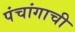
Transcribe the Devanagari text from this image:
पंचांगाची